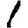
Digit: 1